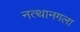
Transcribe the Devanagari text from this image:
नत्थानगला